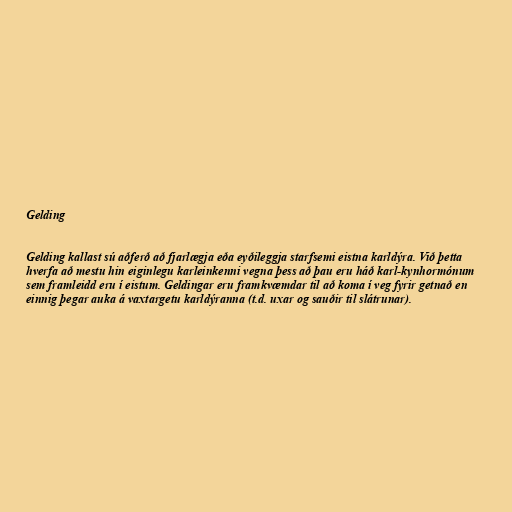
Gelding

Gelding kallast sú aðferð að fjarlægja eða eyðileggja starfsemi eistna karldýra. Við þetta
hverfa að mestu hin eiginlegu karleinkenni vegna þess að þau eru háð karl-kynhormónum
sem framleidd eru í eistum. Geldingar eru framkvæmdar til að koma í veg fyrir getnað en
einnig þegar auka á vaxtargetu karldýranna (t.d. uxar og sauðir til slátrunar).